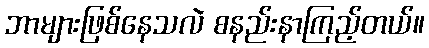
ဘာများဖြစ်နေသလဲ စနည်းနာကြည့်တယ်။